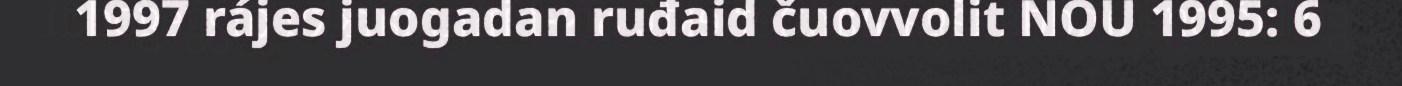
1997 rájes juogadan ruđaid čuovvolit NOU 1995: 6